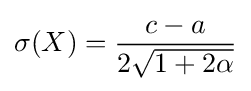
\sigma (X)={\frac {c-a}{2{\sqrt {1+2\alpha }}}}